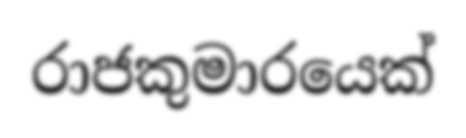
රාජකුමාරයෙක්